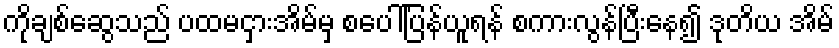
ကိုချစ်ဆွေသည် ပထမငှားအိမ်မှ စပေါ်ပြန်ယူရန် စကားလွန်ပြီးနေ၍ ဒုတိယ အိမ်